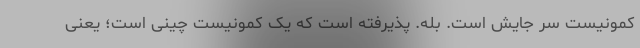
کمونیست سر جایش است. بله. پذیرفته است که یک کمونیست چینی است؛ یعنی